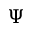
\Psi